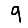
Digit: 9